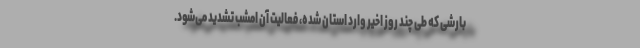
بارشی که طی چند روز اخیر وارد استان شده، فعالیت آن امشب تشدید می‌شود.